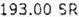
193.00 SR